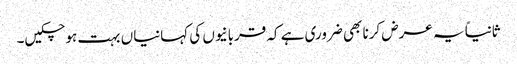
ثانیاً یہ عرض کرنا بھی ضروری ہے کہ قربانیوں کی کہانیاں بہت ہو چکیں۔